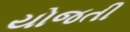
યોજતી